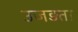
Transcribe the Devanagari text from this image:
उजड़ता